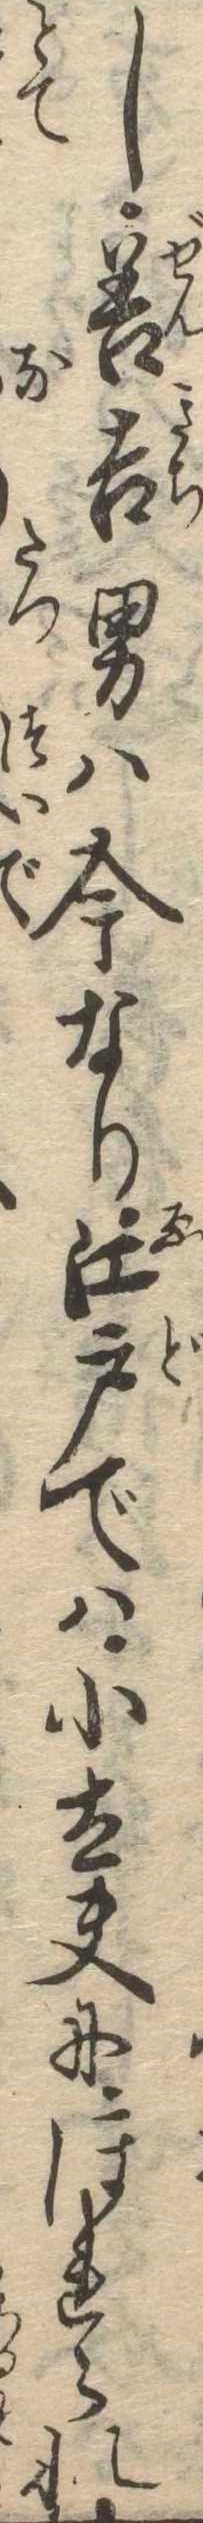
し善吉男は今なり江戸では小太夫にほれられ